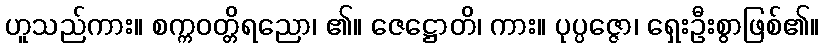
ဟူသည်ကား။ စက္ကဝတ္တိရညော၊ ၏။ ဇေဋ္ဌောတိ၊ ကား။ ပုပ္ပဇ္ဇော၊ ရှေးဦးစွာဖြစ်၏။